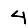
Digit: 4